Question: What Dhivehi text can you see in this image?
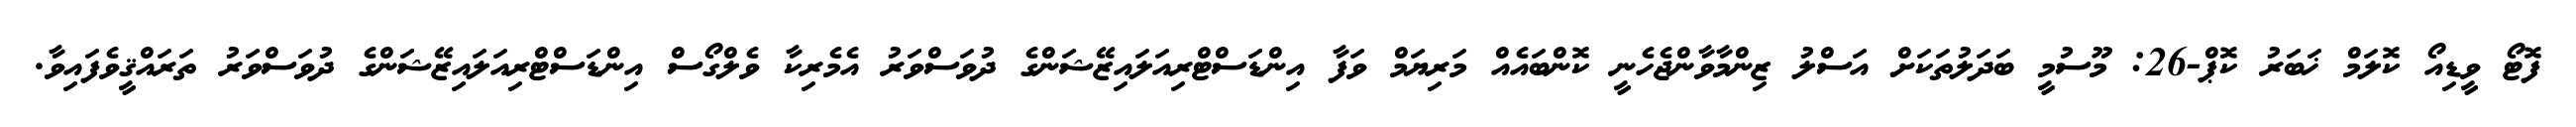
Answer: ފޮޓޯ ވީޑިއޯ ކޮލަމް ޚަބަރު ކޮޕް-26: މޫސުމީ ބަދަލުތަކަށް އަސްލު ޒިންމާވާންޖެހެނީ ކޮންބައެއް މަރިޔަމް ވަފާ އިންޑަސްޓްރިއަލައިޒޭޝަންގެ ދުވަސްވަރު އެމެރިކާ ވެލްގޯސް އިންޑަސްޓްރިއަލައިޒޭޝަންގެ ދުވަސްވަރު ތަރައްޤީވެފައިވާ.